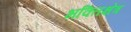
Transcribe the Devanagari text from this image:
भक्तिक्षेत्र